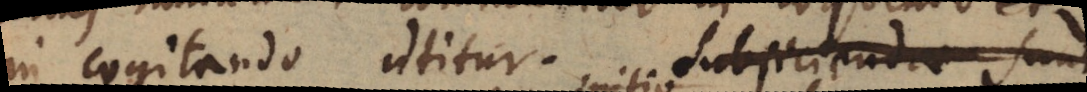
in cogitando utitur. Subjiciendae sunt